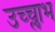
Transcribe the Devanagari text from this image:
उच्च्लाभ